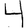
Digit: 4